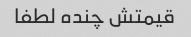
قیمتش چنده لطفا